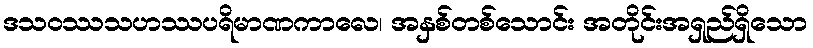
ဒသဝဿသဟဿပရိမာဏကာလေ၊ အနှစ်တစ်သောင်း အတိုင်းအရှည်ရှိသော